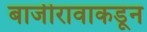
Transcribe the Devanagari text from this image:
बाजीरावाकडून